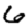
Digit: 6